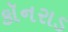
કૉનરાડ